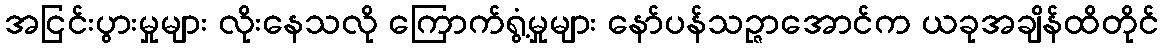
အငြင်းပွားမှုများ လိုးနေသလို ကြောက်ရွံ့မှုများ နော်ပန်သဉ္ဇာအောင်က ယခုအချိန်ထိတိုင်